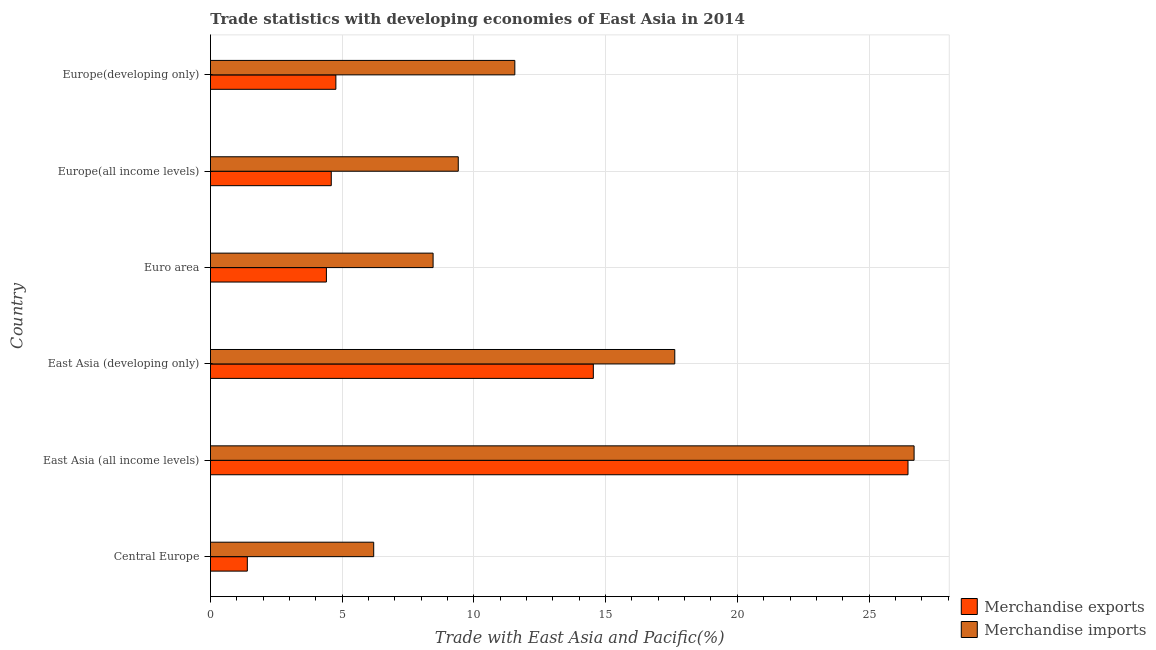
| Country | Merchandise exports | Merchandise imports |
 | --- | --- | --- |
 | Central Europe | 1.4 | 6.2 |
 | East Asia (all income levels) | 26.5 | 26.7 |
 | East Asia (developing only) | 14.5 | 17.6 |
 | Euro area | 4.4 | 8.45 |
 | Europe(all income levels) | 4.59 | 9.41 |
 | Europe(developing only) | 4.76 | 11.6 |